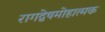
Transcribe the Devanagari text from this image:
रागद्वेषमोहात्मक